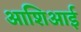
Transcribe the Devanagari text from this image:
आशिआई